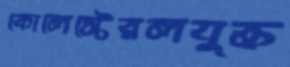
কোলেস্টেরলযুক্ত